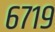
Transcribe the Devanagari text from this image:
६७१९